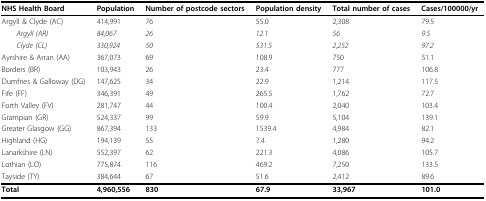
| NHS Health Board | Population | Number of postcode sectors | Population density | Total number of cases | Cases/100000/yr |
 | --- | --- | --- | --- | --- | --- |
 | Argyll & Clyde (AC) | 414,991 | 76 | 55.0 | 2,308 | 79.5 |
 | Argyll (AR) | 84,067 | 26 | 12.1 | 56 | 9.5 |
 | Clyde (CL) | 330,924 | 50 | 531.5 | 2,252 | 97.2 |
 | Ayrshire & Arran (AA) | 367,073 | 69 | 108.9 | 750 | 51.1 |
 | Borders (BR) | 103,943 | 26 | 23.4 | 777 | 106.8 |
 | Dumfries & Galloway (DG) | 147,625 | 34 | 22.9 | 1,214 | 117.5 |
 | Fife (FF) | 346,391 | 49 | 265.5 | 1,762 | 72.7 |
 | Forth Valley (FV) | 281,747 | 44 | 100.4 | 2,040 | 103.4 |
 | Grampian (GR) | 524,337 | 99 | 59.9 | 5,104 | 139.1 |
 | Greater Glasgow (GG) | 867,394 | 133 | 1539.4 | 4,984 | 82.1 |
 | Highland (HG) | 194,139 | 55 | 7.4 | 1,280 | 94.2 |
 | Lanarkshire (LN) | 552,397 | 62 | 221.3 | 4,086 | 105.7 |
 | Lothian (LO) | 775,874 | 116 | 469.2 | 7,250 | 133.5 |
 | Tayside (TY) | 384,644 | 67 | 51.6 | 2,412 | 89.6 |
 | Total | 4,960,556 | 830 | 67.9 | 33,967 | 101.0 |